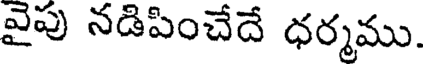
వైపు నడిపించేదే ధర్మము.